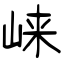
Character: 崃